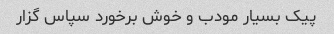
پیک بسیار مودب و خوش برخورد سپاس گزار